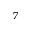
^ { 7 }